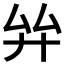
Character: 𢌹